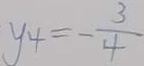
y _ { 4 } = - \frac { 3 } { 4 }